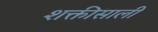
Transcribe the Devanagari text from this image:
शक्तीसाली